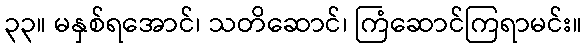
၃၃။ မနှစ်ရအောင်၊ သတိဆောင်၊ ကြံဆောင်ကြရာမင်း။